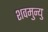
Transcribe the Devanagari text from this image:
शवमुन्यु